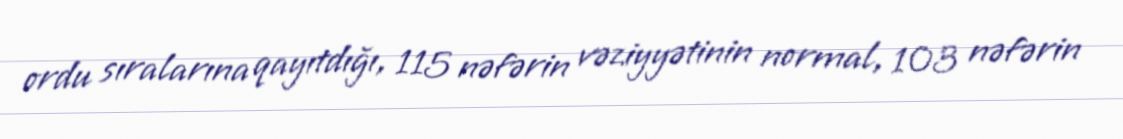
ordu sıralarına qayıtdığı, 115 nəfərin vəziyyətinin normal, 103 nəfərin